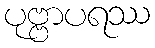
ပုဗ္ဗာပရဿ